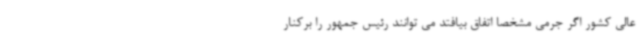
عالی کشور اگر جرمی مشخصا اتفاق بیافتد می توانند رئیس جمهور را برکنار